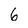
Character: 6